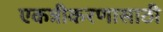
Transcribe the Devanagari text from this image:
एकत्रीकरणासाठी